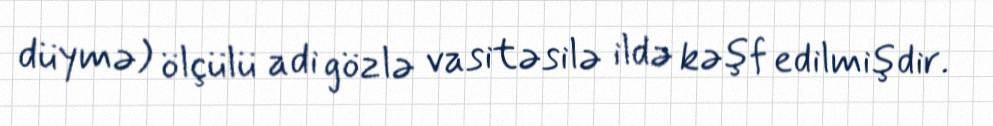
düymə) ölçülü adi gözlə vasitəsilə ildə kəşf edilmişdir.